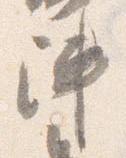
陣